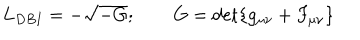
LaTeX: L _ { D B I } = - \sqrt { - G } ; \qquad G = \det \{ g _ { \mu \nu } + F _ { \mu \nu } \}